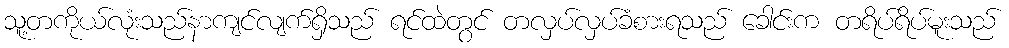
သူ့တကိုယ်လုံးသည်နာကျင်လျက်ရှိသည် ရင်ထဲတွင် တလှပ်လှပ်ခံစားရသည် ခေါင်းက တရိပ်ရိပ်မူးသည်